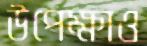
উপেক্ষাও